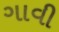
ગાવી